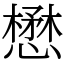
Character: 懋